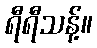
ရီရီသန့်။